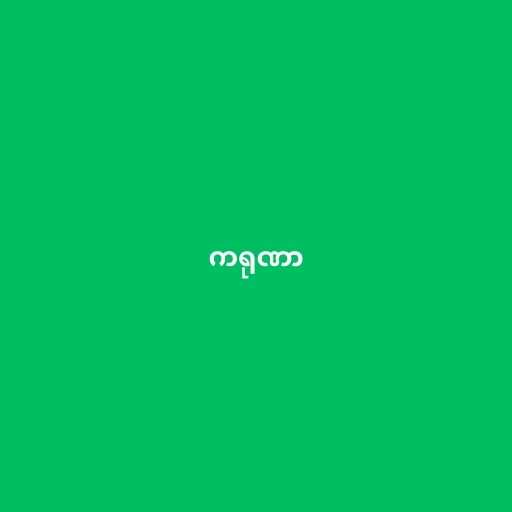
ကရုဏာ